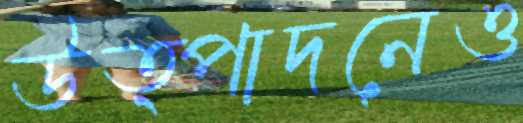
উত্পাদনেও